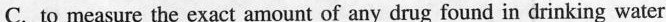
C.to measure the exact amount of any drug found in drinking water